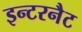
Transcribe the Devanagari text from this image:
इन्टरनैट